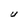
Character: U